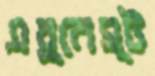
এর্নেস্ট